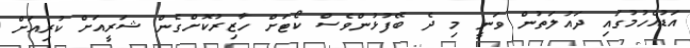
އަޑުއެހުމުގައި ދައުލަތުން ވަނީ މި ދެ ބޭފުޅުންވެސް ކޯޓަށް ހާޒިރުކޮށްގެން ޝަރީއަށް ކުރިއަށް